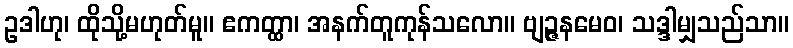
ဥဒါဟု၊ ထိုသို့မဟုတ်မူ။ ဧကတ္ထာ၊ အနက်တူကုန်သလော။ ဗျဉ္ဇနမေဝ၊ သဒ္ဒါမျှသည်သာ။